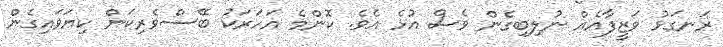
ރަނގަޅު ވަޒީފާއެއް ނުލިބިގެން ވެސް އުޅެ އެވެ. ކޮންމެ އަހަރަކު ބޭސްވެރިކަން ކިޔަވައިގެން